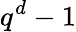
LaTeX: q^{d}-1